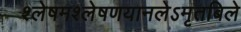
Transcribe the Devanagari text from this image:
श्लेषमश्लेषणयानलेऽमृतबिले